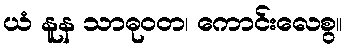
ယံ နူန သာဓုဝတ၊ ကောင်းလေစွ။